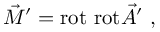
\vec { M } ^ { \prime } = \mathrm { r o t ~ r o t } \vec { A } ^ { \prime } ~ ,